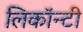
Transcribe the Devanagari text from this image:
लिकॉन्टी